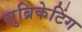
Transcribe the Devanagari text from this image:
लुब्रिकेटिंग